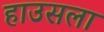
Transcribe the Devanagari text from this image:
हाउसला